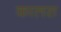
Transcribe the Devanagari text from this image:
कालस